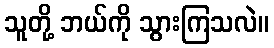
သူတို့ ဘယ်ကို သွားကြသလဲ။